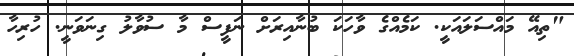
"ތިއޭ މައްސަލައަކީ. ކަމެއްގެ ވާހަކަ ބުނާއިރަށް ނަފީސް މާ ސުވާލު ގިނަވަނީ. ހުރިހާ